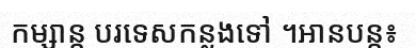
កម្សាន្ត បរទេសកន្លងទៅ ។អានបន្ត៖